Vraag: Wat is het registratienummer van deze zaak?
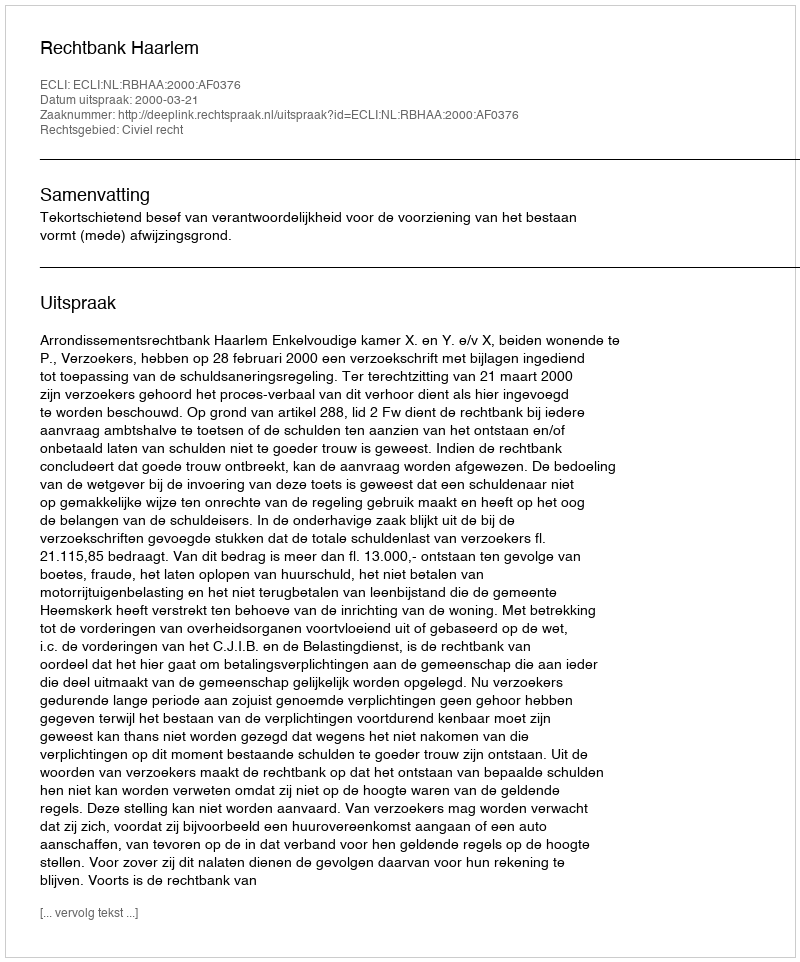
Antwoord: http://deeplink.rechtspraak.nl/uitspraak?id=ECLI:NL:RBHAA:2000:AF0376